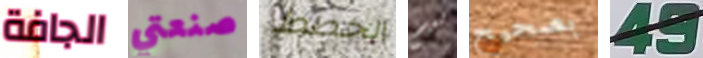
الجافة صنعتي الخطط ليم بصحيح 49